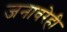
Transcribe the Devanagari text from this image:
जनावरेही